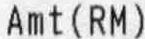
AMT(RM)